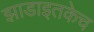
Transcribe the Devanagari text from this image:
झाडाइतकेच